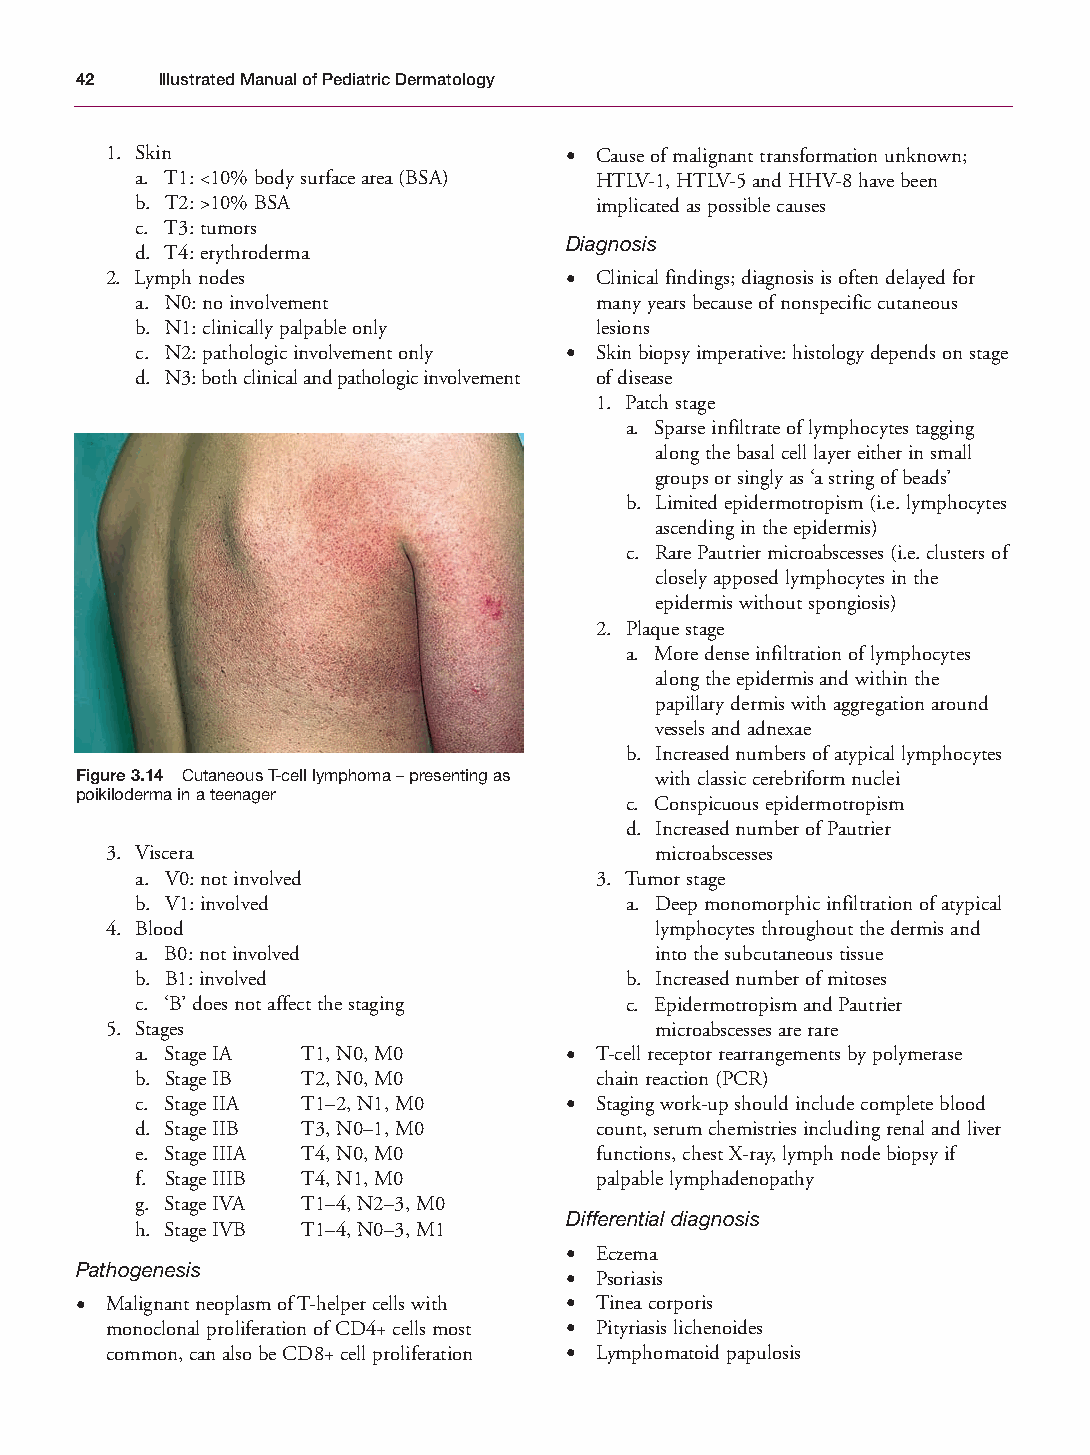
Mallory Chapter 03 27/1/05 1:22 pm Page 42
 42   Illustrated Manual of Pediatric Dermatology
 1. Skin                       • Cause of malignant transformation unknown;
 a. T1: <10% body surface area (BSA) HTLV-1, HTLV-5 and HHV-8 have been
 b. T2: >10% BSA               implicated as possible causes
 c. T3: tumors
 Diagnosis
 d. T4: erythroderma
 2. Lymph nodes                • Clinical findings; diagnosis is often delayed for
 a. N0: no involvement         many years because of nonspecific cutaneous
 b. N1: clinically palpable only lesions
 c. N2: pathologic involvement only • Skin biopsy imperative: histology depends on stage
 d. N3: both clinical and pathologic involvement of disease
 1. Patch stage
 a. Sparse infiltrate of lymphocytes tagging
 along the basal cell layer either in small
 groups or singly as ‘a string of beads’
 b. Limited epidermotropism (i.e. lymphocytes
 ascending in the epidermis)
 c. Rare Pautrier microabscesses (i.e. clusters of
 closely apposed lymphocytes in the
 epidermis without spongiosis)
 2. Plaque stage
 a. More dense infiltration of lymphocytes
 along the epidermis and within the
 papillary dermis with aggregation around
 vessels and adnexae
 b. Increased numbers of atypical lymphocytes
 Figure 3.14 Cutaneous T-cell lymphoma – presenting as with classic cerebriform nuclei
 poikiloderma in a teenager
 c. Conspicuous epidermotropism
 d. Increased number of Pautrier
 3. Viscera                          microabscesses
 a. V0: not involved           3. Tumor stage
 b. V1: involved                 a. Deep monomorphic infiltration of atypical
 4. Blood                            lymphocytes throughout the dermis and
 a. B0: not involved               into the subcutaneous tissue
 b. B1: involved                 b. Increased number of mitoses
 c. ‘B’ does not affect the staging c. Epidermotropism and Pautrier
 5. Stages                           microabscesses are rare
 a. Stage IA T1, N0, M0      • T-cell receptor rearrangements by polymerase
 b. Stage IB T2, N0, M0        chain reaction (PCR)
 c. Stage IIA T1–2, N1, M0   • Staging work-up should include complete blood
 d. Stage IIB T3, N0–1, M0     count, serum chemistries including renal and liver
 e. Stage IIIA T4, N0, M0      functions, chest X-ray, lymph node biopsy if
 f. Stage IIIB T4, N1, M0      palpable lymphadenopathy
 g. Stage IVA T1–4, N2–3, M0
 Differential diagnosis
 h. Stage IVB T1–4, N0–3, M1
 • Eczema
 Pathogenesis
 • Psoriasis
 • Malignant neoplasm of T-helper cells with • Tinea corporis
 monoclonal proliferation of CD4+ cells most • Pityriasis lichenoides
 common, can also be CD8+ cell proliferation • Lymphomatoid papulosis